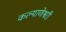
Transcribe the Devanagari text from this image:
कल्याणेश्वरी